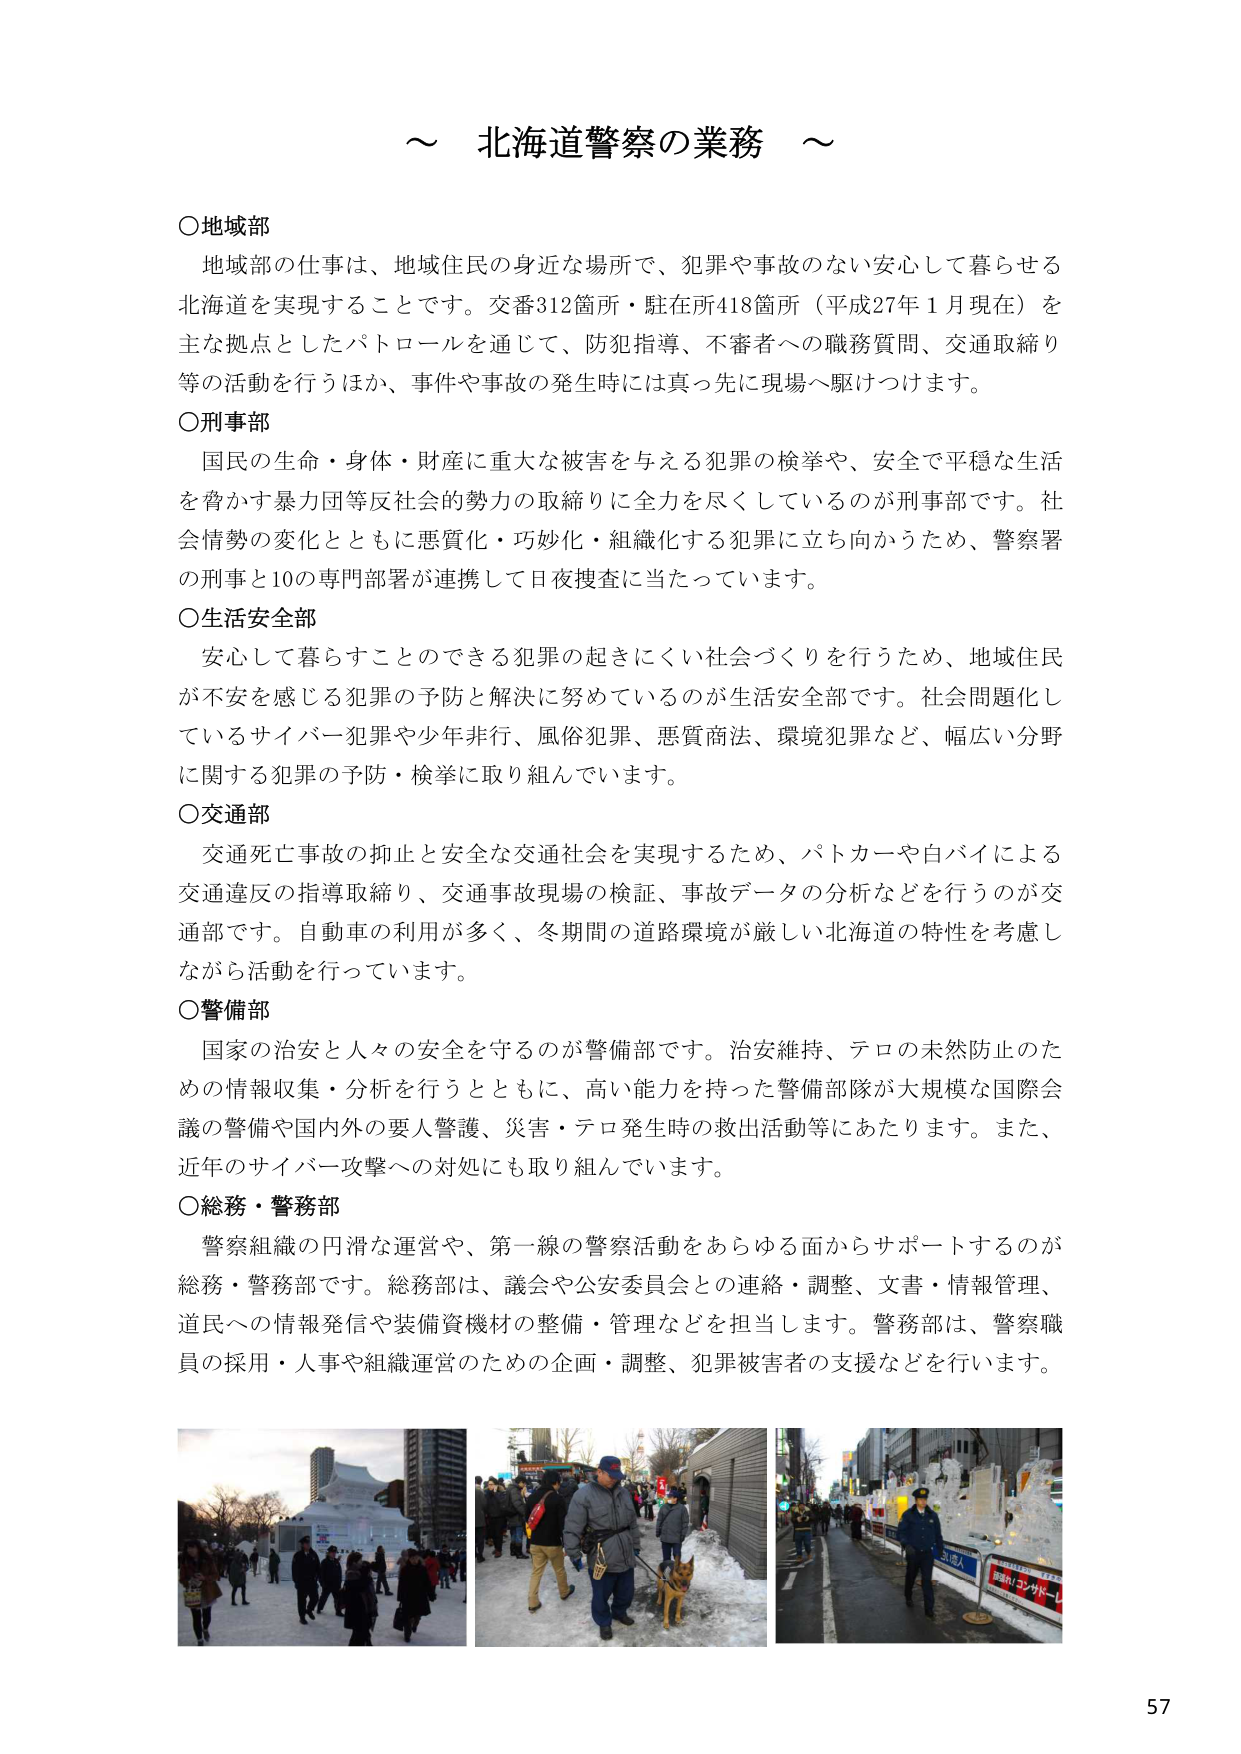
～ 北海道警察の業務 ～

○地域部
地域部の仕事は、地域住民の身近な場所で、犯罪や事故のない安心して暮らせる
北海道を実現することです。交番312箇所・駐在所418箇所（平成27年1月現在）を
主な拠点としたパトロールを通じて、防犯指導、不審者への職務質問、交通取締り
等の活動を行うほか、事件や事故の発生時には真っ先に現場へ駆けつけます。

○刑事部
国民の生命・身体・財産に重大な被害を与える犯罪の検挙や、安全で平穏な生活
を脅かす暴力団等反社会的勢力の取締りに全力を尽くしているのが刑事部です。社
会情勢の変化とともに悪質化・巧妙化・組織化する犯罪に立ち向かうため、警察署
の刑事と10の専門部署が連携して日夜捜査に当たっています。

○生活安全部
安心して暮らすことのできる犯罪の起きにくい社会づくりを行うため、地域住民
が不安を感じる犯罪の予防と解決に努めているのが生活安全部です。社会問題化し
ているサイバー犯罪や少年非行、風俗犯罪、悪質商法、環境犯罪など、幅広い分野
に関する犯罪の予防・検挙に取り組んでいます。

○交通部
交通死亡事故の抑止と安全な交通社会を実現するため、パトカーや白バイによる
交通違反の指導取締り、交通事故現場の検証、事故データの分析などを行うのが交
通部です。自動車の利用が多く、冬期間の道路環境が厳しい北海道の特性を考慮し
ながら活動を行っています。

○警備部
国家の治安と人々の安全を守るのが警備部です。治安維持、テロの未然防止のた
めの情報収集・分析を行うとともに、高い能力を持った警備部隊が大規模な国際会
議の警備や国内外の要人警護、災害・テロ発生時の救出活動等にあたります。また、
近年のサイバー攻撃への対処にも取り組んでいます。

○総務・警務部
警察組織の円滑な運営や、第一線の警察活動をあらゆる面からサポートするのが
総務・警務部です。総務部は、議会や公安委員会との連絡・調整、文書・情報管理、
道民への情報発信や装備資機材の整備・管理などを担当します。警務部は、警察職
員の採用・人事や組織運営のための企画・調整、犯罪被害者の支援などを行います。

57